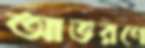
আভরণে